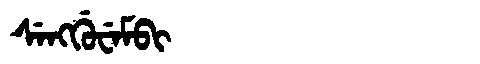
Manchu: ᠰᡝᠩᡤᡠᠸᡝᠮᠪᡳ
Romanization: SENGGUWEMBI